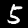
Label: 5